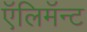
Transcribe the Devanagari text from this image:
ऍलिमॅन्ट